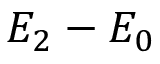
E _ { 2 } - E _ { 0 }